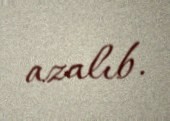
azalıb.